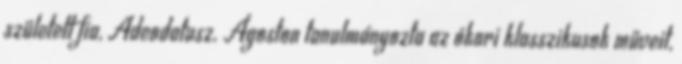
született fia, Adeodatusz. Ágoston tanulmányozta az ókori klasszikusok műveit,